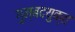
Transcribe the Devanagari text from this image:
गुम्बदयुक्त